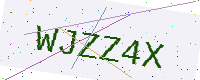
Text: WJZZ4X